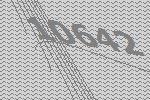
10642